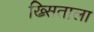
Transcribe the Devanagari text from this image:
ख्र्सिताला